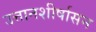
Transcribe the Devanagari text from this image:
उत्तानशीर्षासन